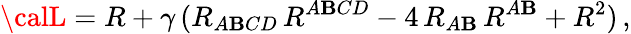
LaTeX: {\calL}=R+\gamma\, (R_{A\mathbf{B}CD}\, R^{A\mathbf{B}CD}-4\, R_{A\mathbf{B}}\, R^{A\mathbf{B}}+R^{2})\, ,